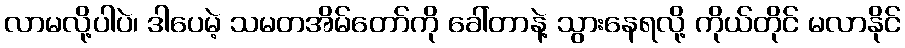
လာမလို့ပါပဲ၊ ဒါပေမဲ့ သမတအိမ်တော်ကို ခေါ်တာနဲ့ သွားနေရလို့ ကိုယ်တိုင် မလာနိုင်